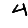
Digit: 4